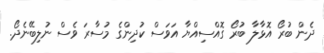
ދެން ބުރޯ އޮޅާލާ ބުރޯ ގޮއްސިއްޔާ އަވަސް ކުދިންގެ މުސާރަ ވެސް ނުލިބޭނެދޯ.